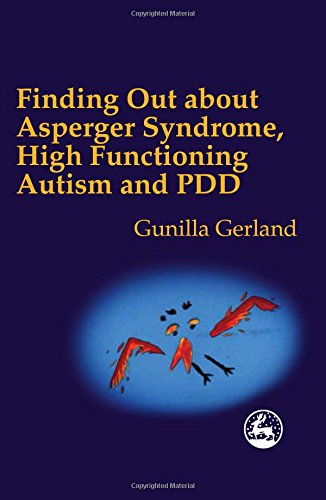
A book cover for Finding Out About Asperger Syndrome, High-Functioning Autism and Pdd; Gunilla Gerland; Law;